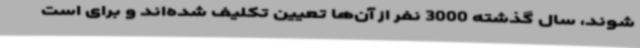
‌شوند، سال گذشته 3000 نفر از آن‌ها تعیین تکلیف شده‌اند و برای است